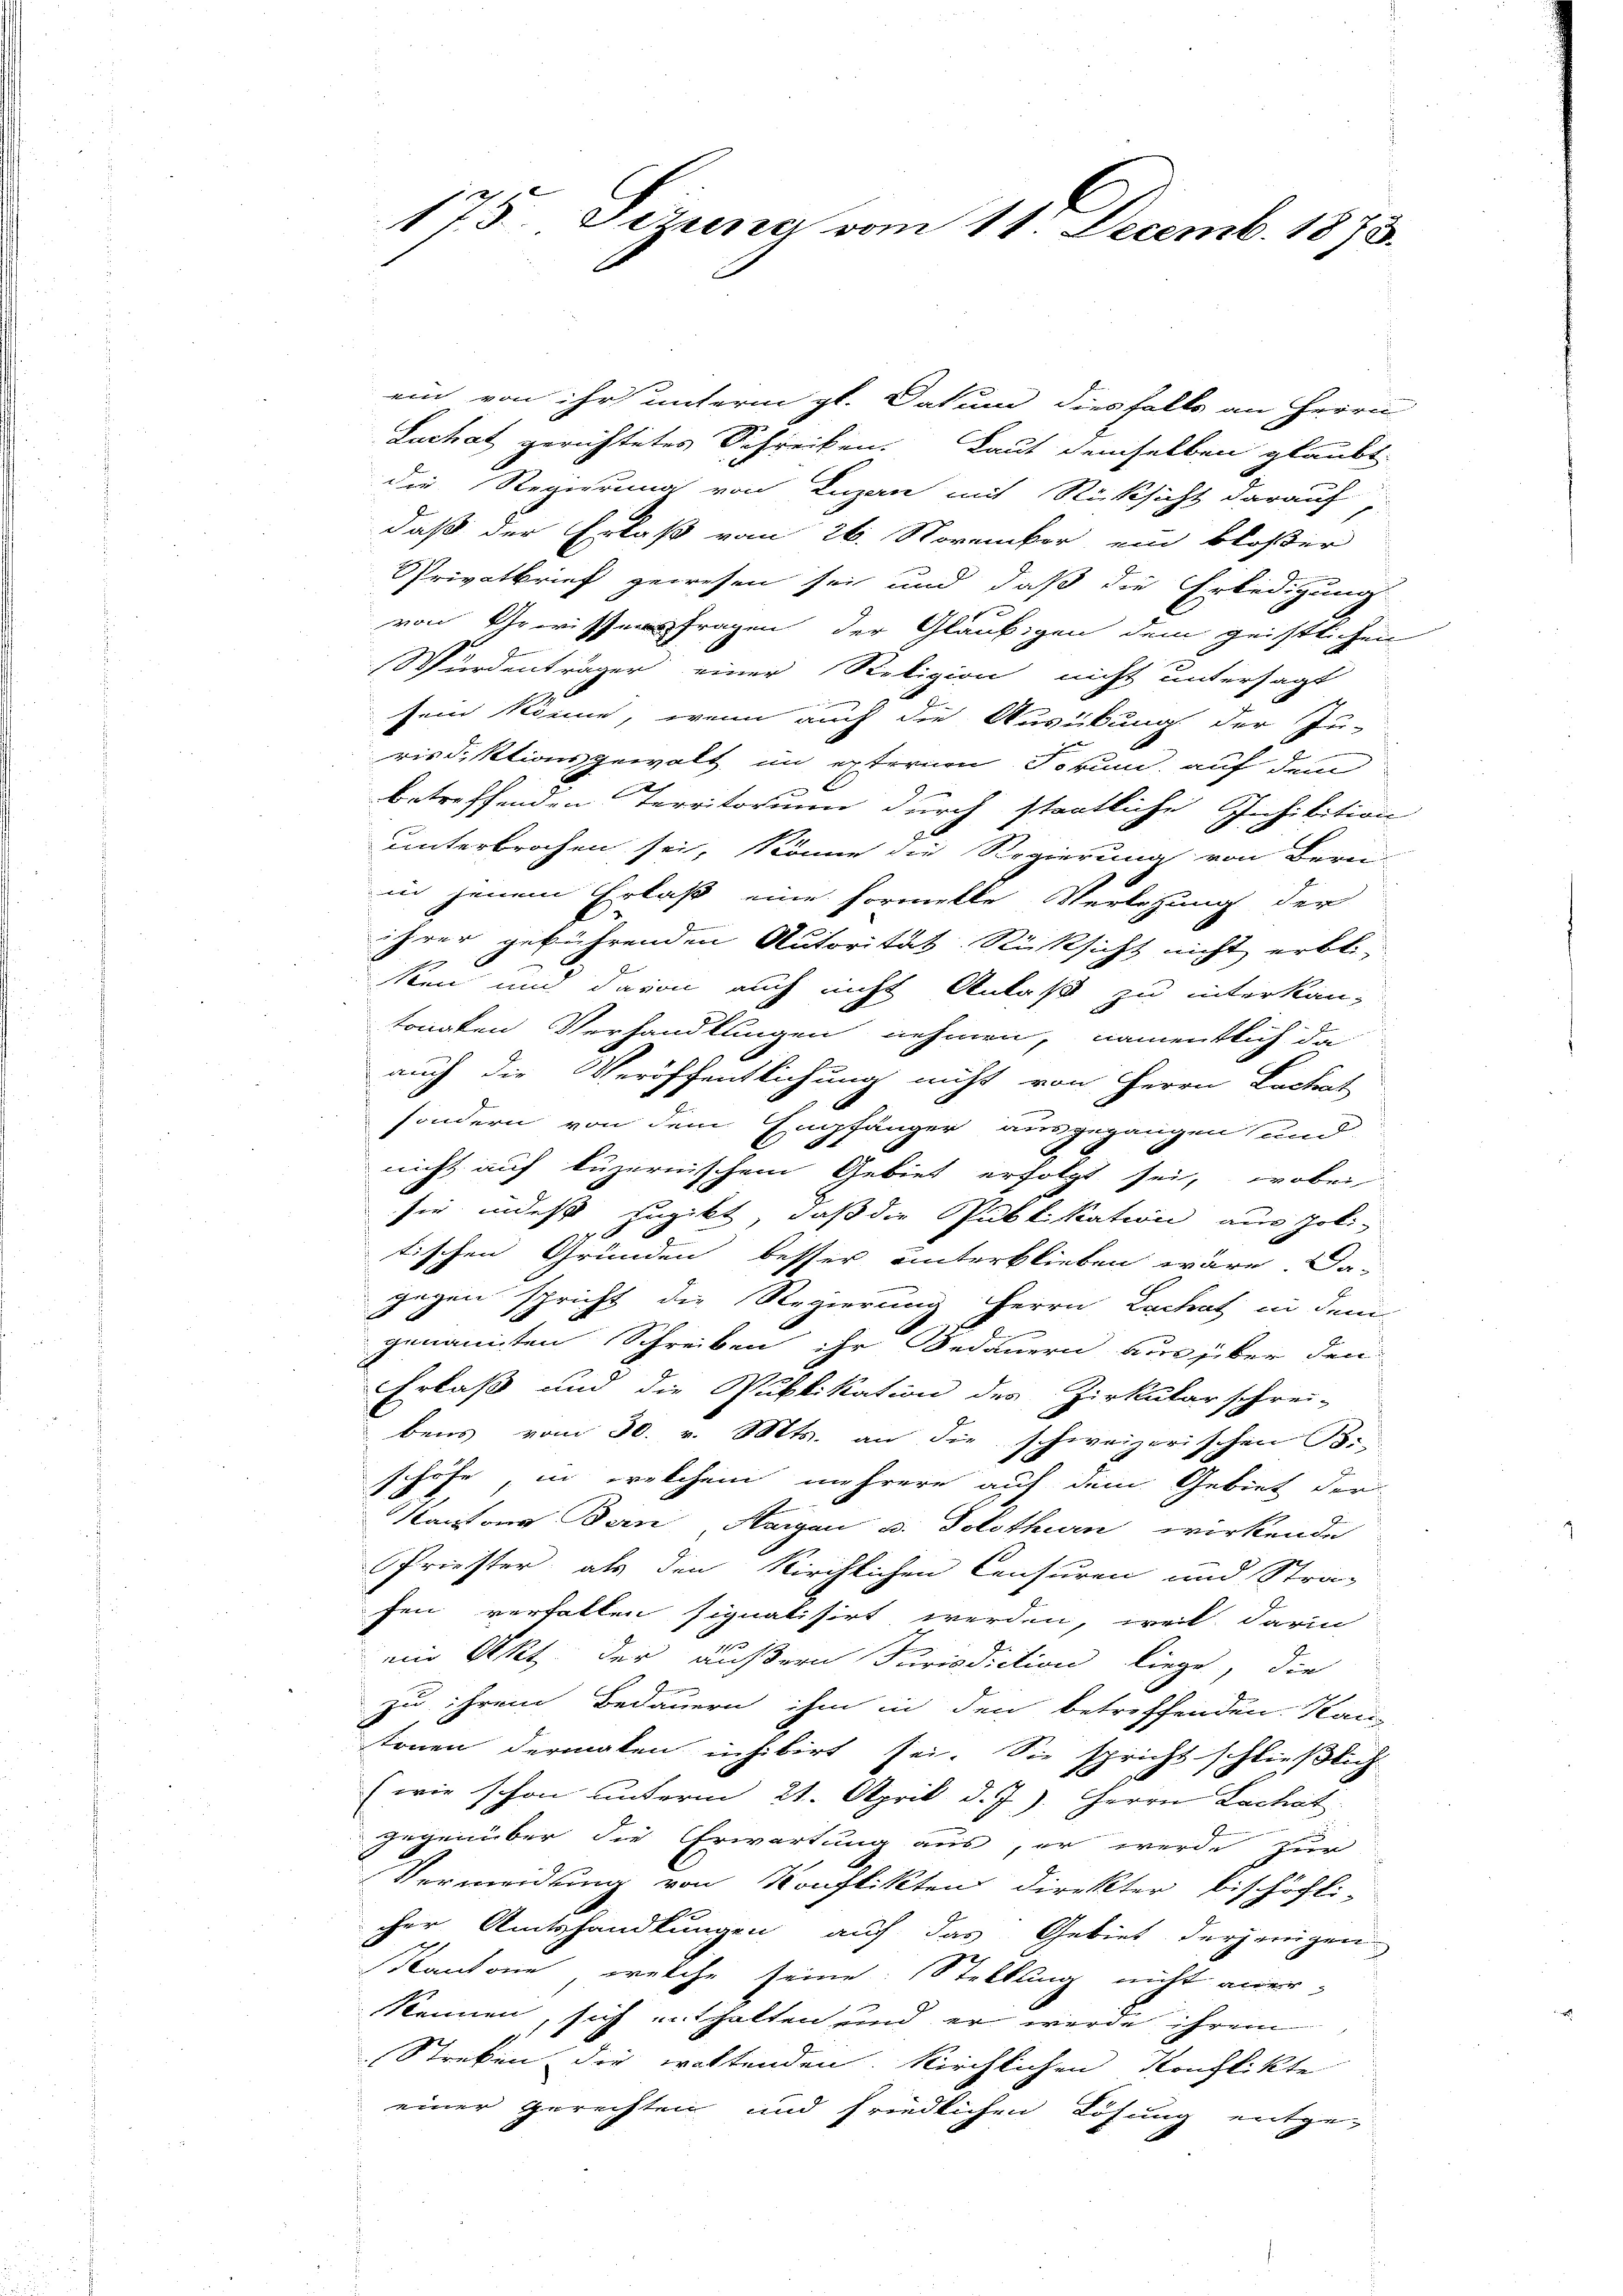
175. Jerung vom 11. Decemb. 1873.

ein von ihr unterm gl. Datum diesfalls an Herrn
Luchat gerichtetes Schreiben. Laut demselben glaubt
die Regierung von Luzern mit Rücksicht darauf
daß der Erlaß vom 26. November ein bloßer
Privatbrief gewesen sei und daß die Erledigung
von Gewissensfragen der Gläubigen dem geistlichen
Würdenträger einer Religion nicht untersagt
sein könne, wenn auch die Ausübung der Ju-
risdiktionsgewalt in externen Forum, auf dem
betreffenden Territorium durch staatliche Inhibition
unterbrochen sei, könne die Regierung von Berei
in jenem Erlaß eine formelle Verletzung der
ihrer gebührenden Autorität Rücksicht nicht erbl.,
sten und davon auch nicht Anlaß zu interkantongten Verhandlungen nehmen, namentlich da
auch die Veröffentlichung nicht von Herrn Lackarte
sondern von dem Empfänger ausgegangen und
nicht auf kuzernischem Gebiet erfolgt sei, wobei
sie indeß zugibt, daß die Publikation aus politischen Gründen besser unterblieben wäre. Das
 gegen spricht die Regierung Herrn Beitrat in den
genannten Schreiben ihr Bedauern aus über den
Erlaß und die Publikation des Zirkularschrei-
bens vom 30. v. Mts. an die
schweizerischen B.
schöfe, in welchem mehrere auf dem Gebiet der
Kantons Bern, Aargau u. Solothurn wirkende
PPriester, als den Kirchlichen Censuren und Stra-
fen verfallen signatisirt werden, weil darin
ein Akt der äußern Jurisdiction liege, die
zu ihrem Bedauern ihm in den betreffenden Kan-
tonen dermalen inhibirt sei. Sie spricht schließlich
(wie schon unterm 21. April d. J.). Herrn Lachat
gegenüber die Erwartung aus, er werde zur
Vermeidung von Konflikten direkter bischöfli-
cher Amtshandlungen auf das Gebiet derjenigen
Kantone, welche seine Stellung nicht aner¬
Nennen, sich enthalten und er werde ihrem
1
Streken die woltenden Kirchlichen Konflikte
einer gerichten und friedlichen Lösung entge-